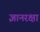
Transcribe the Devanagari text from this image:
ज्ञानरक्षा